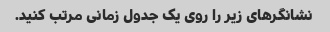
نشانگرهای زیر را روی یک جدول زمانی مرتب کنید.